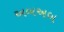
અબઅબ